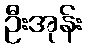
ဦးအုန်း